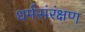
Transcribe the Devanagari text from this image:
धर्मसंरंक्षण